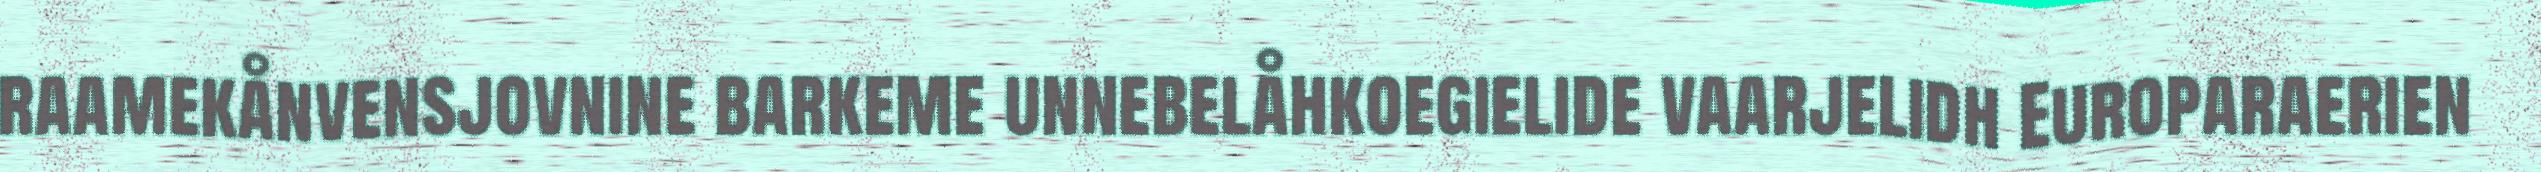
raamekånvensjovnine barkeme unnebelåhkoegielide vaarjelidh Europaraerien